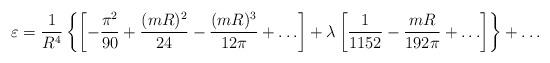
LaTeX: \begin{align*}\varepsilon=\frac{1}{R^4}\left\{\left[-\frac{\pi^2}{90}+\frac{(mR)^2}{24}-\frac{(mR)^3}{12\pi}+\ldots\right]+\lambda\left[\frac{1}{1152}-\frac{mR}{192\pi}+\ldots\right]\right\}+\ldots\end{align*}